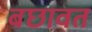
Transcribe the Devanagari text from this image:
बछावत